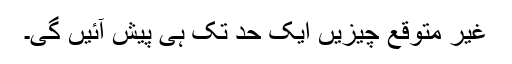
غیر متوقع چیزیں ایک حد تک ہی پیش آئیں گی۔